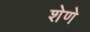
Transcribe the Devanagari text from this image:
शेणे